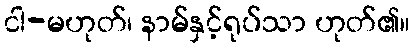
ငါ-မဟုတ်၊ နာမ်နှင့်ရုပ်သာ ဟုတ်၏။